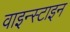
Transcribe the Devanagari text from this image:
वाइन्स्टाइन